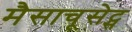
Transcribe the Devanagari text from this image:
मैसाचूसेट्स